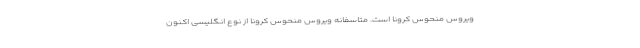
ویروس منحوس کرونا است. متاسفانه ویروس منحوس کرونا از نوع انگلیسی اکنون